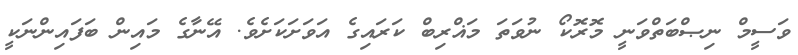
ވަސީމް ނިޞްބަތްވަނީ މޮރޮކޯ ނުވަތަ މަޣްރިބް ކަރައިގެ އަވަށަކަށެވެ. އޭނާގެ މައިން ބަފައިންނަކީ